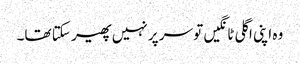
وہ اپنی اگلی ٹانگیں تو سر پر نہیں پھیر سکتا تھا۔